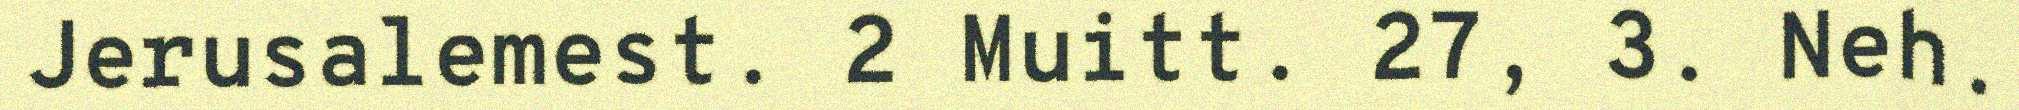
Jerusalemest. 2 Muitt. 27, 3. Neh.